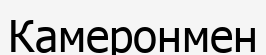
Камеронмен